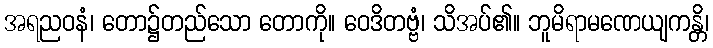
အရညဝနံ၊ တော၌တည်သော တောကို။ ဝေဒိတဗ္ဗံ၊ သိအပ်၏။ ဘူမိရာမဏေယျကန္တိ၊